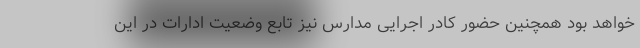
خواهد بود همچنین حضور کادر اجرایی مدارس نیز تابع وضعیت ادارات در این